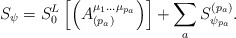
\begin{align*}S_\psi =S_0^L\left[ \left( A_{(p_a)}^{\mu _1\ldots \mu_{p_a}}\right) \right] +\sum\limits_aS_{\psi _{p_a}}^{(p_a)}.\end{align*}